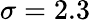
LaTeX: \sigma=2.3